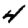
Digit: 4